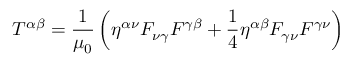
T ^ { \alpha \beta } = { \frac { 1 } { \mu _ { 0 } } } \left( \eta ^ { \alpha \nu } F _ { \nu \gamma } F ^ { \gamma \beta } + { \frac { 1 } { 4 } } \eta ^ { \alpha \beta } F _ { \gamma \nu } F ^ { \gamma \nu } \right)